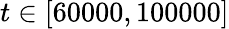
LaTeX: t\in[60000,100000]